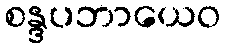
စန္ဒပဘာယေဝ